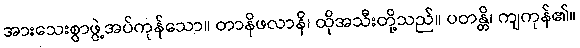
အားသေးစွာဖွဲ့အပ်ကုန်သော။ တာနိဖလာနိ၊ ထိုအသီးတို့သည်။ ပတန္တိ၊ ကျကုန်၏။